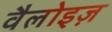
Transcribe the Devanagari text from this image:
वैलोइज़